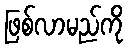
ဖြစ်လာမည်ကို